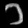
Digit: ၁